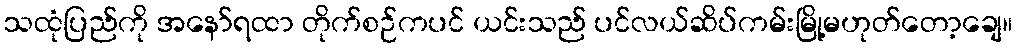
သထုံပြည်ကို အနော်ရထာ တိုက်စဉ်ကပင် ယင်းသည် ပင်လယ်ဆိပ်ကမ်းမြို့မဟုတ်တော့ချေ။